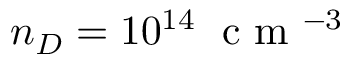
n _ { D } = 1 0 ^ { 1 4 } \; \mathrm { ~ c ~ m ~ } ^ { - 3 }